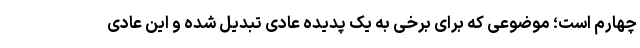
چهارم است؛ موضوعی که برای برخی به یک پدیده عادی تبدیل شده و این عادی